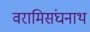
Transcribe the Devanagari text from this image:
वरामिसंघनाथ